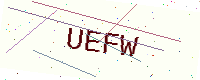
Text: UEFW